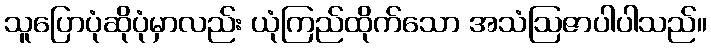
သူပြောပုံဆိုပုံမှာလည်း ယုံကြည်ထိုက်သော အသံဩဇာပါပါသည်။